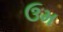
ઉમ